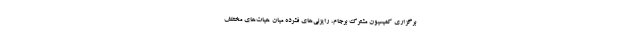
برگزاری کمیسیون مشترک برجام، رایزنی‌های فشرده میان هیات‌های مختلف